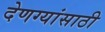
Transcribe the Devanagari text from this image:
देणग्यांसाठी